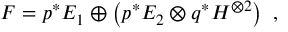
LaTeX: F = p ^ { * } E _ { 1 } \oplus \left( p ^ { * } E _ { 2 } \otimes q ^ { * } H ^ { \otimes 2 } \right) \ ,